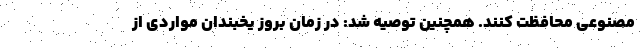
مصنوعی محافظت کنند. همچنین توصیه شد: در زمان بروز یخبندان مواردی از